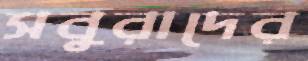
সবুরাদের